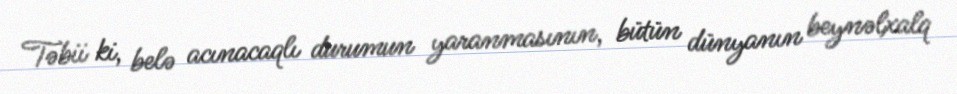
Təbii ki, belə acınacaqlı durumun yaranmasının, bütün dünyanın beynəlxalq